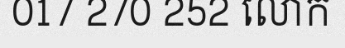
017 270 252 លោក